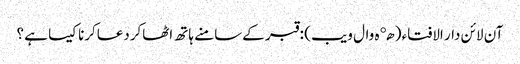
آن لائن دار الافتاء ( هډه وال ویب )‏ : قبر کےسامنے ہاتھ اٹھاکردعاکرنا کیسا ہے ؟